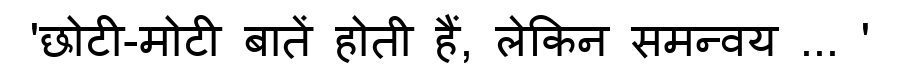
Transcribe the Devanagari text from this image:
'छोटी-मोटी बातें होती हैं, लेकिन समन्वय ... '